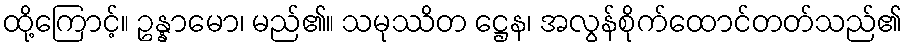
ထို့ကြောင့်။ ဥန္နာမော၊ မည်၏။ သမုဿိတ ဋ္ဌေန၊ အလွန်စိုက်ထောင်တတ်သည်၏